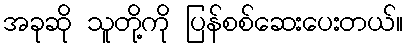
အခုဆို သူတို့ကို ပြန်စစ်ဆေးပေးတယ်။